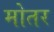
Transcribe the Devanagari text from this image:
मोतर